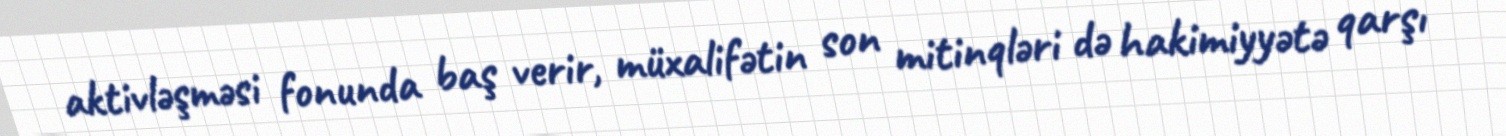
aktivləşməsi fonunda baş verir, müxalifətin son mitinqləri də hakimiyyətə qarşı